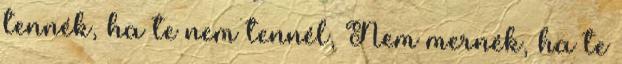
tennék, ha te nem tennél, Nem mernék, ha te